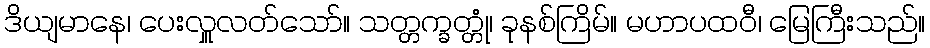
ဒိယျမာနေ၊ ပေးလှူလတ်သော်။ သတ္တက္ခတ္တုံ၊ ခုနစ်ကြိမ်။ မဟာပထဝီ၊ မြေကြီးသည်။